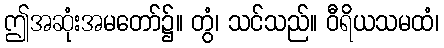
ဤအဆုံးအမတော်၌။ တွံ၊ သင်သည်။ ဝီရိယသမထံ၊